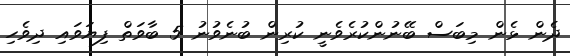
ދެން ޅެން މިބަސް ބޭނުންކުރެވެނީ ކުރިން ބުނެވުނު 5 ބާވަތް ފިޔަވައި ދިވެހި